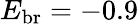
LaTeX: E_{\mathrm{br}}=-0.9